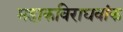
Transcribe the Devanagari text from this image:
महाकविराघवांक